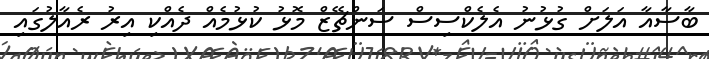
ބާސާއާ އަލަށް ގުޅުނު އެލެކްސިސް ސަންޗޭޒް މޮޅު ކުޅުމެއް ދެއްކި އިރު ރެއާލުގައި